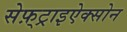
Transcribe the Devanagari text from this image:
सेफ़्ट्राइऐक्सोन